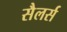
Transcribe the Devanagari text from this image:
सैलर्स